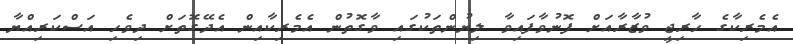
އެމެރިކާގެ ހާރިޖީ ވުޒާރާއަށް ފޮނުވާފައިވާ ލިޔުންތަކުގައި ވާގޮތުން އެމެރިކާއިން އެދޭގޮތަށް ދިވެހި އަސްކަރިއްޔާ